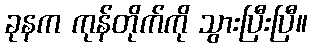
ခုနက ကုန်တိုက်ကို သွားပြီးပြီ။